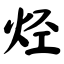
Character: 烃